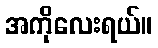
အကိုလေးရယ်။